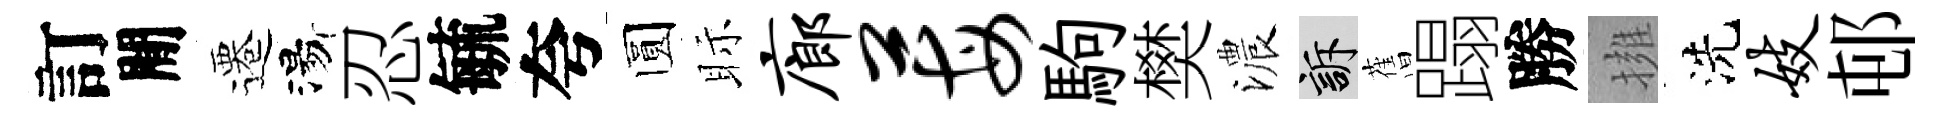
訂閒遷湯忍毓夸圆眎廊莓駒樊濃訴𦾔蹋勝擁洗妓邨